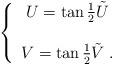
LaTeX: \begin{align*}\left\{\begin{array}{c}U = \tan{1\over 2}\tilde{U}\\\\V = \tan{1\over 2}\tilde{V}\;.\end{array}\right.\end{align*}